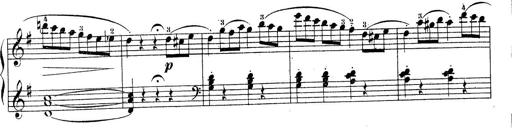
Title: Piano Sonatine No.2
Composer: Peter Piel
Key: G major